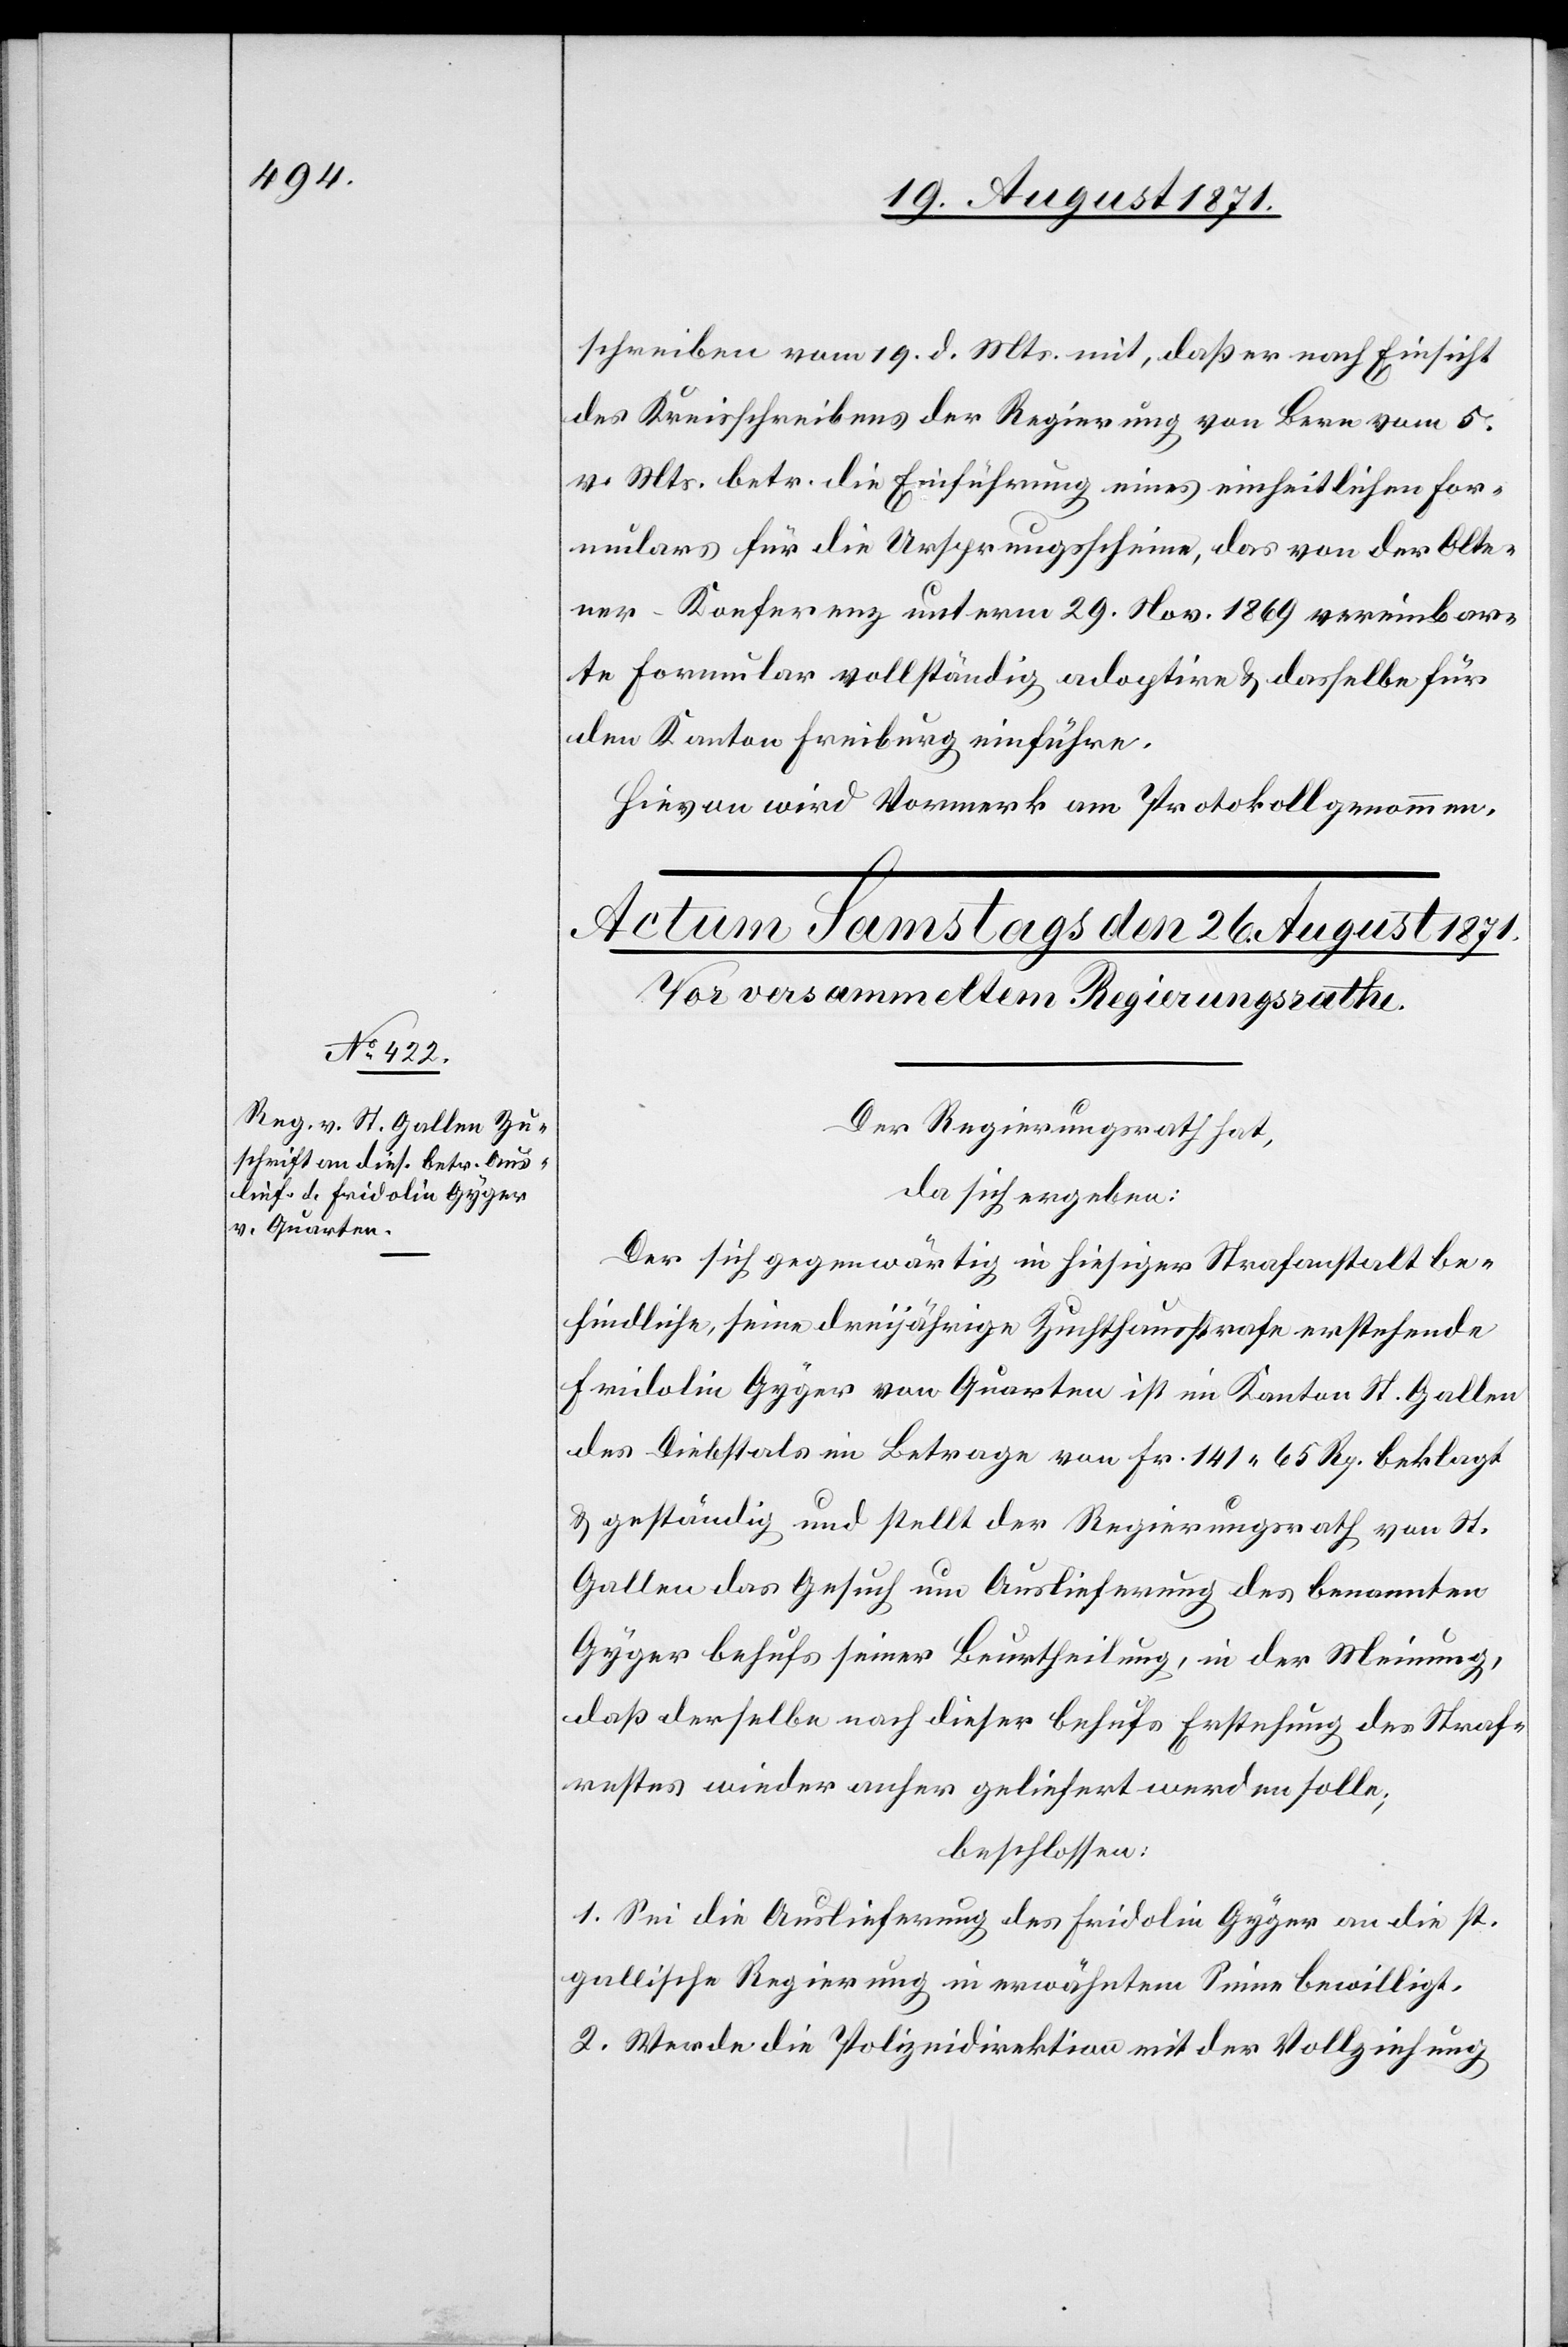
schreiben vom 19. d. Mts. mit, daß er nach Einsicht
des Kreisschreibens der Regierung von Bern vom 5.
v. Mts. betr. die Einführung eines einheitlichen For¬
mulars für die Ursprungsscheine, das von der Olte¬
ner-Konferenz unterm 29. Nov. 1869 vereinbar¬
te Formular vollständig adoptire & dasselbe für
den Kanton Freiburg einführe.
Hievon wird Vormerk am Protokoll genommen.
Der Regierungsrath hat,
da sich ergeben:
Der sich gegenwärtig in hiesiger Strafanstalt be¬
findliche, seine dreijährige Zuchthausstrafe erstehende
Fridolin Gyger von Quarten ist im Kanton St. Gallen
des Diebstals im Betrage von Fr. 141 65 Rp. beklagt
& geständig und stellt der Regierungsrath von St.
Gallen das Gesuch um Auslieferung des benannten
Gyger behufs seiner Beurtheilung, in der Meinung,
daß derselbe nach dieser behufs Erstehung der Straft¬
restes wieder anher geliefert werden solle:
beschlossen:
1. Sei die Auslieferung des Fridolin Gyger an die st.
gallische Regierung in erwähntem Sinn bewilligt.
2. Werde die Polizeidirektion mit der Vollziehung